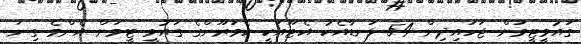
ގައުމީޓީމަށް ޖަހައިދިން 54 ލަނޑާއެކު އެޓޫއަކީ ކެމަރޫންގެ ގައުމީ ޓީމަށް އެންމެ ގިނަ